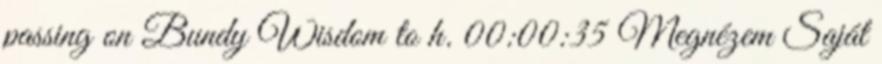
passing on Bundy Wisdom to h. 00:00:35 Megnézem Saját